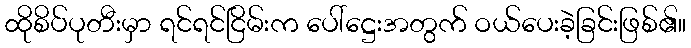
ထိုစိပ်ပုတီးမှာ ရင်ရင်ငြိမ်းက ပေါ်ဋ္ဌေးအတွက် ဝယ်ပေးခဲ့ခြင်းဖြစ်၏။